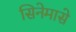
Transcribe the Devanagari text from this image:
सिनेमासे